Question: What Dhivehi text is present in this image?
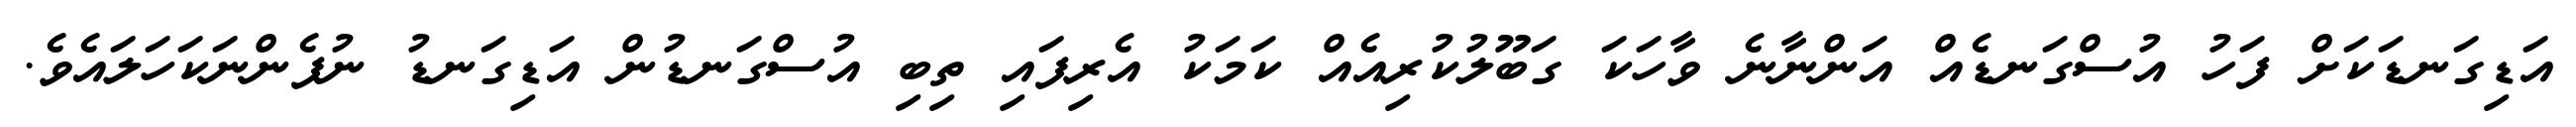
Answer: އަޑިގަނޑަކަށް ފަހު އުސްގަނޑެއް އަންނާނެ ވާހަކަ ގަބޫލުކުރިއެއް ކަމަކު އެރިފައި ތިބި އުސްގަނޑުން އަޑިގަނޑު ނުފެންނަކަހަލައެވެ.